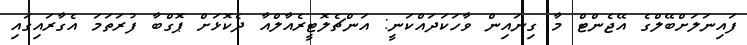
ފައިނަލަށްބޭލްގެ އޭޖެންޓް މާ ގިނައިން ވާހަކަދައްކަނީ: އަންޗެލޮޓީރެއާލްއާ ދެކޮޅަށް ޕޮގްބާ ފުރަތަމަ އެގާރައިގައި